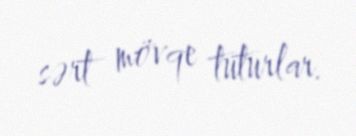
sərt mövqe tuturlar.